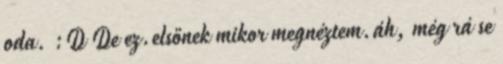
oda. :D De ez.elsőnek mikor megnéztem.áh, még rá se